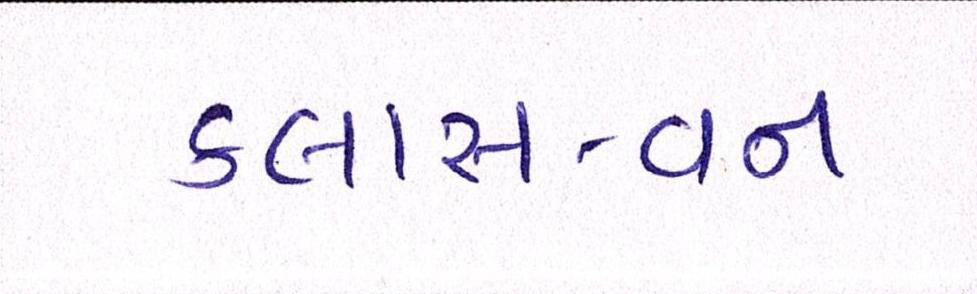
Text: કલાસ-વન